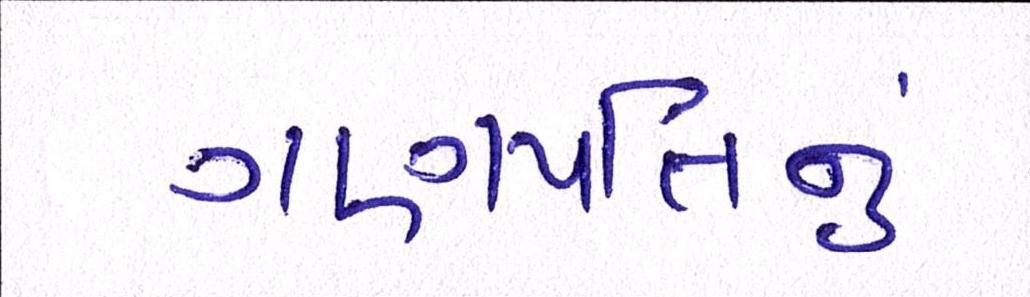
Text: ગણપતિનું